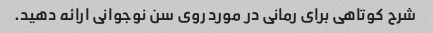
شرح کوتاهی برای رمانی در مورد روی سن نوجوانی ارائه دهید.